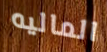
الماليه